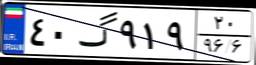
۵۸گ۸۸۵۷۶